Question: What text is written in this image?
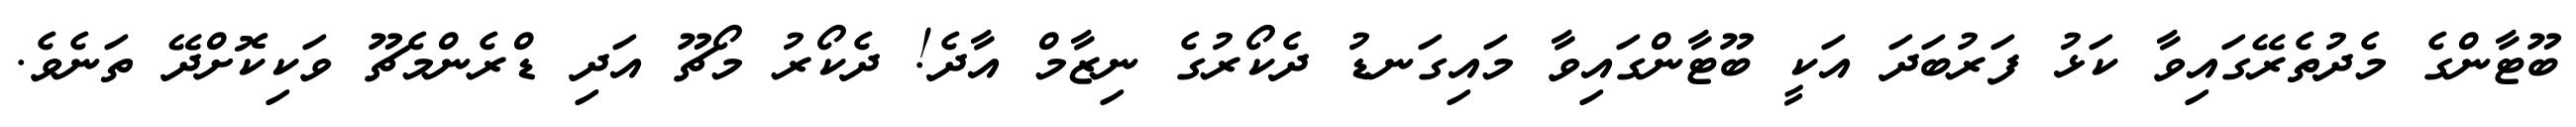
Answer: ބޫޓާންގެ މެދުތެރޭގައިވާ ކަޅު ފަރުބަދަ އަކީ ބޫޓާންގައިވާ މައިގަނޑު ދެކޯރުގެ ނިޒާމް އާދެ! ދެކޯރު މޯޗޫ އަދި ޑްރެންމެޗޫ ވަކިކޮށްދޭ ތަނެވެ.